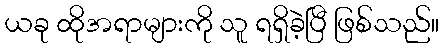
ယခု ထိုအရာများကို သူ ရရှိခဲ့ပြီ ဖြစ်သည်။